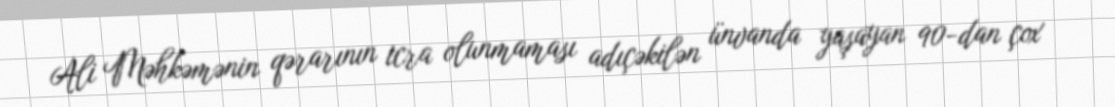
Ali Məhkəmənin qərarının icra olunmaması adıçəkilən ünvanda yaşayan 90-dan çox